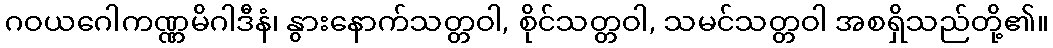
ဂဝယဂေါကဏ္ဏမိဂါဒီနံ၊ နွားနောက်သတ္တဝါ, စိုင်သတ္တဝါ, သမင်သတ္တဝါ အစရှိသည်တို့၏။